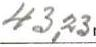
43,23